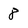
Character: 8